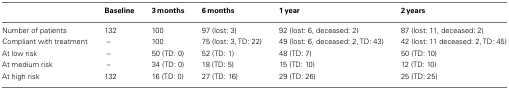
<table><thead><tr><td></td><td><b>Baseline</b></td><td><b>3 months</b></td><td><b>6 months</b></td><td><b>1 year</b></td><td><b>2 years</b></td></tr></thead><tbody><tr><td>Number of patients</td><td>132</td><td>100</td><td>97 (lost: 3)</td><td>92 (lost: 6, deceased: 2)</td><td>87 (lost: 11, deceased: 2)</td></tr><tr><td>Compliant with treatment</td><td>–</td><td>100</td><td>75 (lost: 3, TD: 22)</td><td>49 (lost: 6, deceased: 2, TD: 43)</td><td>42 (lost: 11 deceased: 2, TD: 45)</td></tr><tr><td>At low risk</td><td>–</td><td>50 (TD: 0)</td><td>52 (TD: 1)</td><td>48 (TD: 7)</td><td>50 (TD: 10)</td></tr><tr><td>At medium risk</td><td>–</td><td>34 (TD: 0)</td><td>18 (TD: 5)</td><td>15 (TD: 10)</td><td>12 (TD: 10)</td></tr><tr><td>At high risk</td><td>132</td><td>16 (TD: 0)</td><td>27 (TD: 16)</td><td>29 (TD: 26)</td><td>25 (TD: 25)</td></tr></tbody></table>